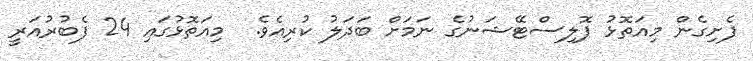
ފެށިގެން މިއަތޮޅު ޕޮލިސްޓޭޝަނުގެ ނަމަށް ބަދަލު ކުރިއެވެ.  މިއަތޮޅުގައި 24 ފެބުރުއަރީ